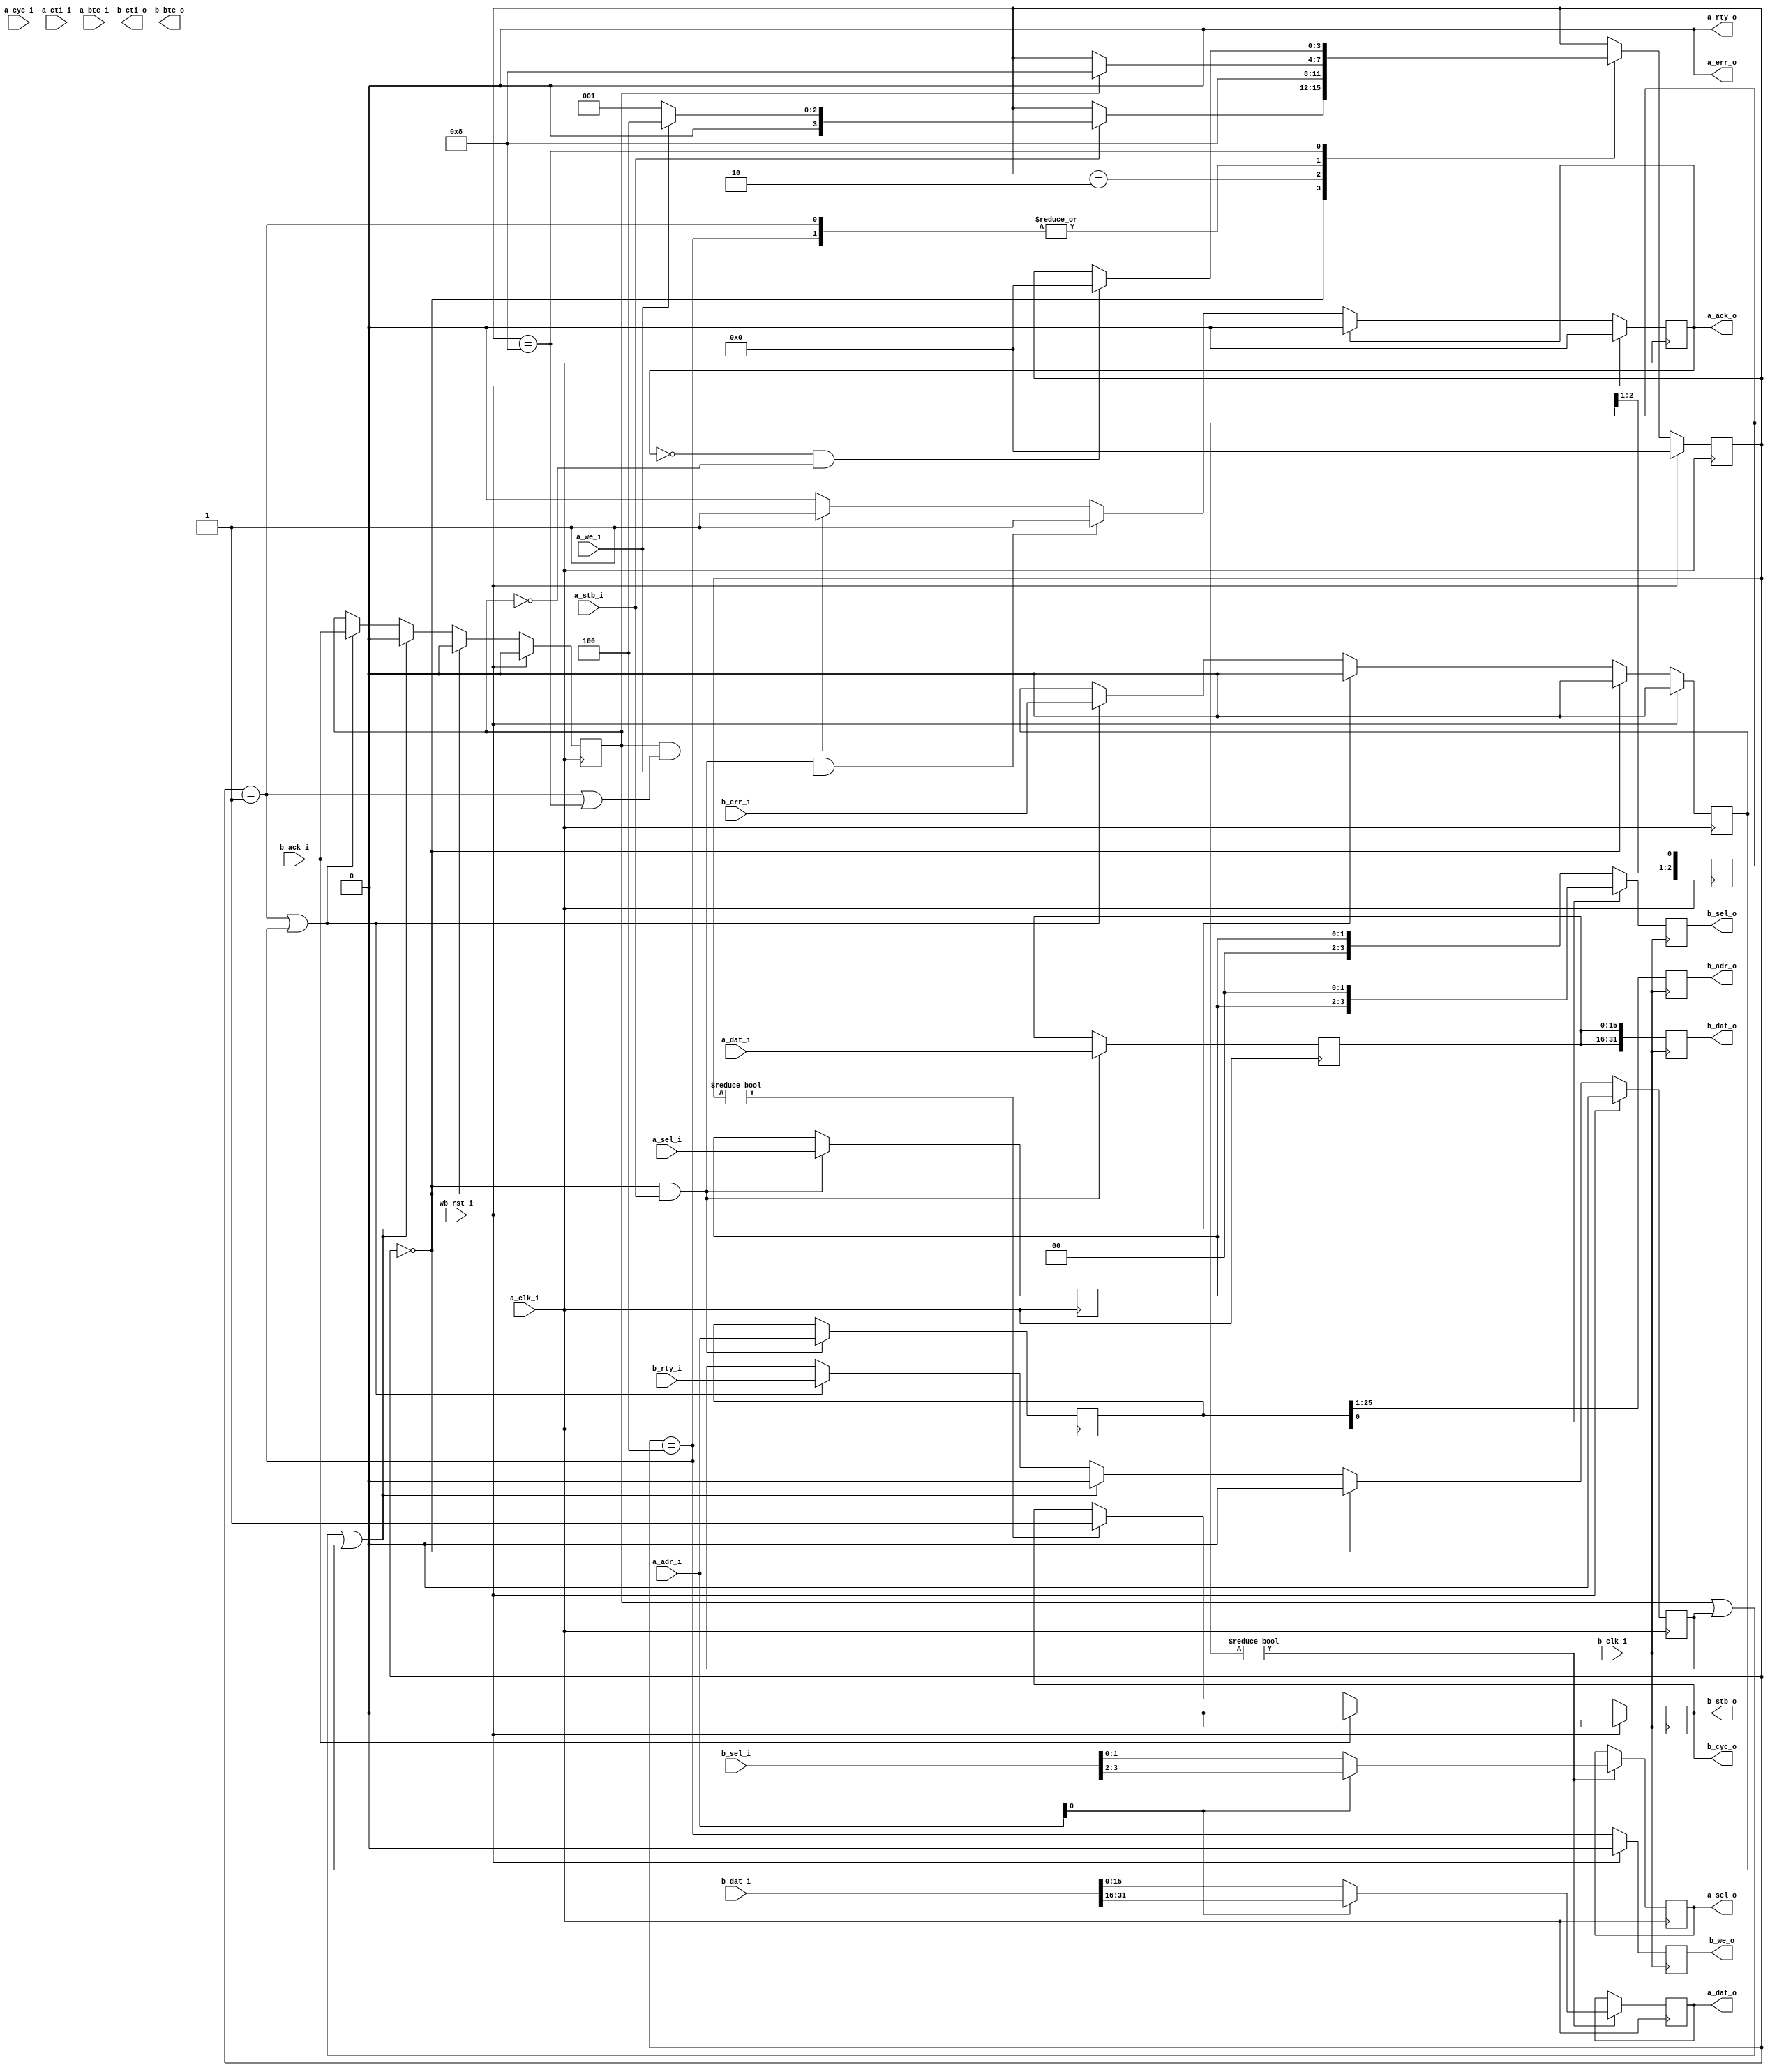
/***************************************************************************
 *                                                                         *
 *   wb_sync.v - Synchronises Wishbone transfers accross different domains *
 *      with synchronous clocks.                                           *
 *                                                                         *
 *   Copyright (C) 2009 by Patrick Suggate                                 *
 *   patrick@physics.otago.ac.nz                                           *
 *                                                                         *
 *   This program is free software; you can redistribute it and/or modify  *
 *   it under the terms of the GNU General Public License as published by  *
 *   the Free Software Foundation; either version 2 of the License, or     *
 *   (at your option) any later version.                                   *
 *                                                                         *
 *   This program is distributed in the hope that it will be useful,       *
 *   but WITHOUT ANY WARRANTY; without even the implied warranty of        *
 *   MERCHANTABILITY or FITNESS FOR A PARTICULAR PURPOSE.  See the         *
 *   GNU General Public License for more details.                          *
 *                                                                         *
 *   You should have received a copy of the GNU General Public License     *
 *   along with this program; if not, write to the                         *
 *   Free Software Foundation, Inc.,                                       *
 *   59 Temple Place - Suite 330, Boston, MA  02111-1307, USA.             *
 ***************************************************************************/

// TODO: Change from hard-coded to parameterisable.

`timescale 1ns/100ps
module wb_sync #(
	parameter	HIGHZ	= 0,
	parameter	ADDRESS	= 25,
	parameter	CWIDTH	= 16,
	parameter	WWIDTH	= 32,
	parameter	ENABLES	= CWIDTH / 8,
	parameter	SELECTS	= WWIDTH / 8,
	parameter	DIFF	= WWIDTH / CWIDTH - 1,
	// Bit-select helpers.
	parameter	MSB	= CWIDTH - 1,
	parameter	WSB	= WWIDTH - 1,
	parameter	ESB	= ENABLES - 1,
	parameter	SSB	= SELECTS - 1,
	parameter	ASB	= ADDRESS - 1,
	parameter	LSEL	= DIFF > 0 ? ENABLES : 0,
	parameter	LDAT	= DIFF > 0 ? CWIDTH : 0
) (
	input		wb_rst_i,
	
	input		a_clk_i,
	input		a_cyc_i,
	input		a_stb_i,
	input		a_we_i,
	output		a_ack_o,
	output		a_rty_o,
	output		a_err_o,
	input	[2:0]	a_cti_i,
	input	[1:0]	a_bte_i,
	input	[ASB+DIFF:0]	a_adr_i,
	input	[ESB:0]	a_sel_i,
	input	[MSB:0]	a_dat_i,
	output	[ESB:0]	a_sel_o,
	output	[MSB:0]	a_dat_o,
	
	input		b_clk_i,
	output		b_cyc_o,
	output		b_stb_o,
	output		b_we_o,
	input		b_ack_i,
	input		b_rty_i,
	input		b_err_i,
	output	[2:0]	b_cti_o,
	output	[1:0]	b_bte_o,
	output	[ASB:0]	b_adr_o,
	input	[SSB:0]	b_sel_i,
	input	[WSB:0]	b_dat_i,
	output	[SSB:0]	b_sel_o,
	output	[WSB:0]	b_dat_o
);


`define	SYNCST_IDLE	4'b0000
`define	SYNCST_BUSY	4'b0001
`define	SYNCST_DONE	4'b0010
`define	SYNCST_FACK	4'b0100
`define	SYNCST_WAIT	4'b1000

// Read data latch delay.
`define	LATCH_MSB	2

reg	a_ack	= 0;
reg	a_rty	= 0;
reg	a_err	= 0;
reg	[ESB:0]	a_sel	= 0;
reg	[MSB:0]	a_dat	= 0;
reg	b_ack_r	= 0;
reg	b_rty_r	= 0;
reg	b_err_r	= 0;
reg	[ASB+DIFF:0]	a_adr;
reg	[ESB:0]	a_sel_r;
reg	[MSB:0]	a_dat_r;

reg	b_cyc	= 0;
reg	b_we	= 0;
reg	[ASB:0]	b_adr;
reg	[SSB:0]	b_sel;
reg	[WSB:0]	b_dat;

reg	[`LATCH_MSB:0]	a_latch	= 0;
reg	[3:0]	state	= `SYNCST_IDLE;

wire	busy;

assign	#2 busy	= (state != `SYNCST_IDLE);

assign	a_ack_o	= HIGHZ ? (a_ack ? 1'b1 : 1'bz) : a_ack ;
assign	a_rty_o	= HIGHZ ? (a_rty ? 1'b1 : 1'bz) : a_rty ;
assign	a_err_o	= HIGHZ ? (a_err ? 1'b1 : 1'bz) : a_err ;
assign	a_sel_o	= HIGHZ ? (busy ? a_sel : 'bz) : a_sel ;
assign	a_dat_o	= HIGHZ ? (busy ? a_dat : 'bz) : a_dat ;

assign	b_cyc_o	= HIGHZ ? (busy ? b_cyc : 1'bz) : b_cyc ;
assign	b_stb_o	= HIGHZ ? (busy ? b_cyc : 1'bz) : b_cyc ;
assign	b_we_o	= HIGHZ ? (busy ? b_we : 1'bz) : b_we ;
assign	b_adr_o	= HIGHZ ? (busy ? b_adr : 'bz) : b_adr ;
assign	b_sel_o	= HIGHZ ? (busy ? b_sel : 'bz) : b_sel ;
assign	b_dat_o	= HIGHZ ? (busy ? b_dat : 'bz) : b_dat ;


//---------------------------------------------------------------------------
// State machine logic.
//
always @(posedge a_clk_i)
	a_latch	<= #2 {a_latch[`LATCH_MSB:1], b_ack_i};

always @(posedge a_clk_i)
	if (wb_rst_i)
		{b_ack_r, b_rty_r, b_err_r}	<= #2 0;
	else if (state == `SYNCST_IDLE)
		{b_ack_r, b_rty_r, b_err_r}	<= #2 0;
	else if (b_ack_r || b_rty_r || b_err_r)
		{b_ack_r, b_rty_r, b_err_r}	<= #2 0;
	else if (state == `SYNCST_BUSY || state == `SYNCST_FACK)
		{b_ack_r, b_rty_r, b_err_r}	<= #2 {b_ack_i, b_rty_i, b_err_i};

always @(posedge a_clk_i)
	if (wb_rst_i)	state	<= #2 `SYNCST_IDLE;
	else case (state)
	`SYNCST_IDLE:
		if (a_stb_i) begin
			if (a_we_i)	state	<= #2 `SYNCST_FACK;
			else		state	<= #2 `SYNCST_BUSY;
		end
	
	`SYNCST_BUSY:
		if (b_ack_r)
			state	<= #2 `SYNCST_WAIT;
	
	`SYNCST_DONE:	state	<= #2 `SYNCST_WAIT;

	`SYNCST_FACK:	// Can Fast ACKnowledge writes.
		if (b_ack_r)	state	<= #2 	`SYNCST_WAIT;
	
	`SYNCST_WAIT:
		if (!a_ack && !b_ack_r)	state	<= #2 `SYNCST_IDLE;
	
	endcase


//---------------------------------------------------------------------------
// Port A logic.
//
always @(posedge a_clk_i)
	if (wb_rst_i)
		a_ack	<= #2 0;
	else if (a_ack)
		a_ack	<= #2 0;
	else if (state == `SYNCST_IDLE && a_stb_i && a_we_i)	// FACK
		a_ack	<= #2 1;
	else if (b_ack_r && (state == `SYNCST_BUSY || state == `SYNCST_WAIT))
		a_ack	<= #2 1;
	else
		a_ack	<= #2 0;


always @(posedge a_clk_i)
	if (state == `SYNCST_IDLE && a_stb_i)	a_adr	<= #2 a_adr_i;

always @(posedge a_clk_i)
	if (state == `SYNCST_IDLE && a_stb_i)
		{a_sel_r, a_dat_r}	<= #2 {a_sel_i, a_dat_i};


// Sample the LSB of `a_adr' to determine which word to latch.
wire	[MSB:0]	dat_f	= a_adr_i[0] ? b_dat_i[WSB:LDAT] : b_dat_i[MSB:0] ;
wire	[MSB:0]	sel_f	= a_adr_i[0] ? b_sel_i[SSB:LSEL] : b_sel_i[ESB:0] ;
always @(posedge a_clk_i)
	if (CWIDTH == WWIDTH) begin
		if (a_latch)	{a_sel, a_dat}	<= #2 {b_sel_i, b_dat_i};
	end else
		if (a_latch)	{a_sel, a_dat}	<= #2 {sel_f, dat_f};


//---------------------------------------------------------------------------
// Port B logic.
//
always @(posedge b_clk_i)
	if (wb_rst_i)
		b_cyc	<= #2 0;
	else if (b_ack_i)
		b_cyc	<= #2 0;
	else if (state != `SYNCST_IDLE)
		b_cyc	<= #2 1;

always @(posedge b_clk_i)
	if (wb_rst_i)	b_we	<= #2 0;
	else		b_we	<= #2 (state == `SYNCST_FACK);

always @(posedge b_clk_i)
	b_adr	<= #2 a_adr[ASB+DIFF:DIFF];


wire	[WSB:0]	dat_t	= {a_dat_r, a_dat_r} ;
wire	[WSB:0]	sel_t	= a_adr[0] ?	{a_sel_r, {ENABLES{1'b0}}} :
					{{ENABLES{1'b0}}, a_sel_r} ;
always @(posedge b_clk_i)
	if (CWIDTH == WWIDTH)
		{b_sel, b_dat}	<= #2 {a_sel_r, a_dat_r};
	else
		{b_sel, b_dat}	<= #2 {sel_t, dat_t};


endmodule	// wb_sync